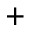
^ +